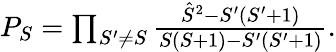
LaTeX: \begin{array}{r}{P_{S}=\prod_{S^{\prime}\ne S}\frac{\hat{S}^{2}-S^{\prime}(S^{\prime}+1)}{S(S+1)-S^{\prime}(S^{\prime}+1)}.}\end{array}